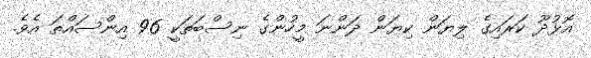
އޮޅުދޫ ކަރައިގެ ލިޔަން ކިޔަން ދަންނަ މީހުންގެ ނިސްބަތަކީ 96 އިންސައްތަ އެވެ.